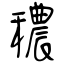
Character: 穠